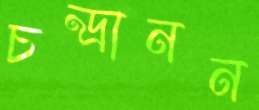
চন্দ্রানন